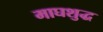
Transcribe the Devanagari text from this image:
माघशुद्ध